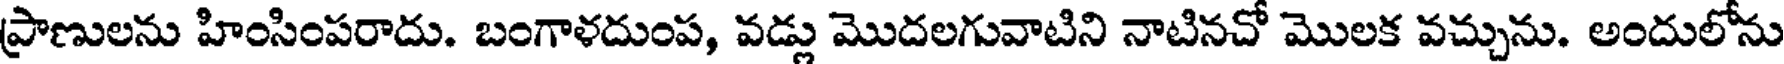
ప్రాణులను హింసింపరాదు. బంగాళదుంప, వడ్లు మొదలగువాటిని నాటినచో మొలక వచ్చును. అందులోను